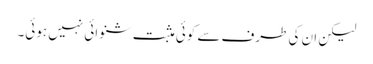
لیکن ان کی طرف سے کوئی مثبت شنوائی نہیں ہوئی۔